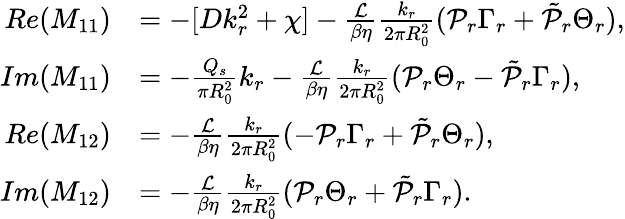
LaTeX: \begin{array}{rl}{Re(M_{11})}&{=-[Dk_{r}^{2}+\chi]-\frac{\mathcal{L}}{\beta\eta}\frac{k_{r}}{2\pi R_{0}^{2}}(\mathcal{P}_{r}\Gamma_{r}+\tilde{\mathcal{P}}_{r}\Theta_{r}),}\\ {Im(M_{11})}&{=-\frac{Q_{s}}{\pi R_{0}^{2}}k_{r}-\frac{\mathcal{L}}{\beta\eta}\frac{k_{r}}{2\pi R_{0}^{2}}(\mathcal{P}_{r}\Theta_{r}-\tilde{\mathcal{P}}_{r}\Gamma_{r}),}\\ {Re(M_{12})}&{=-\frac{\mathcal{L}}{\beta\eta}\frac{k_{r}}{2\pi R_{0}^{2}}(-\mathcal{P}_{r}\Gamma_{r}+\tilde{\mathcal{P}}_{r}\Theta_{r}),}\\ {Im(M_{12})}&{=-\frac{\mathcal{L}}{\beta\eta}\frac{k_{r}}{2\pi R_{0}^{2}}(\mathcal{P}_{r}\Theta_{r}+\tilde{\mathcal{P}}_{r}\Gamma_{r}).}\end{array}